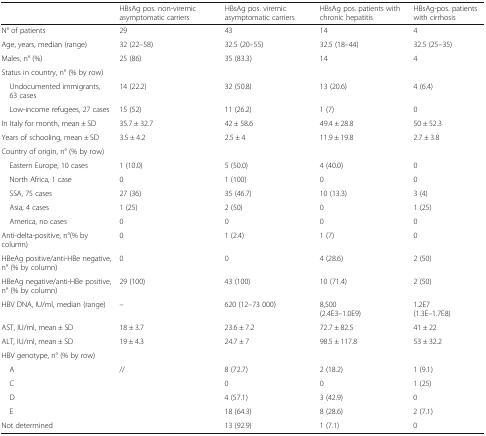
<table><thead><tr><td></td><td><b>HBsAg pos. non-viremic asymptomatic carriers</b></td><td><b>HBsAg pos. viremic asymptomatic carriers</b></td><td><b>HBsAg pos. patients with chronic hepatitis</b></td><td><b>HBsAg-pos. patients with cirrhosis</b></td></tr></thead><tbody><tr><td>N° of patients</td><td>29</td><td>43</td><td>14</td><td>4</td></tr><tr><td>Age, years, median (range)</td><td>32 (22–58)</td><td>32.5 (20–55)</td><td>32.5 (18–44)</td><td>32.5 (25–35)</td></tr><tr><td>Males, n° (%)</td><td>25 (86)</td><td>35 (83.3)</td><td>14</td><td>4</td></tr><tr><td colspan="5">Status in country, n° (% by row)</td></tr><tr><td> Undocumented immigrants, 63 cases</td><td>14 (22.2)</td><td>32 (50.8)</td><td>13 (20.6)</td><td>4 (6.4)</td></tr><tr><td> Low-income refugees, 27 cases</td><td>15 (52)</td><td>11 (26.2)</td><td>1 (7)</td><td>0</td></tr><tr><td>In Italy for month, mean ± SD</td><td>35.7 ± 32.7</td><td>42 ± 58.6</td><td>49.4 ± 28.8</td><td>50 ± 52.3</td></tr><tr><td>Years of schooling, mean ± SD</td><td>3.5 ± 4.2</td><td>2.5 ± 4</td><td>11.9 ± 19.8</td><td>2.7 ± 3.8</td></tr><tr><td>Country of origin, n° (% by row)</td><td></td><td></td><td></td><td></td></tr><tr><td> Eastern Europe, 10 cases</td><td>1 (10.0)</td><td>5 (50.0)</td><td>4 (40.0)</td><td>0</td></tr><tr><td> North Africa, 1 case</td><td>0</td><td>1 (100)</td><td>0</td><td>0</td></tr><tr><td> SSA, 75 cases</td><td>27 (36)</td><td>35 (46.7)</td><td>10 (13.3)</td><td>3 (4)</td></tr><tr><td> Asia, 4 cases</td><td>1 (25)</td><td>2 (50)</td><td>0</td><td>1 (25)</td></tr><tr><td> America, no cases</td><td>0</td><td>0</td><td>0</td><td>0</td></tr><tr><td>Anti-delta-positive, n°(% by column)</td><td>0</td><td>1 (2.4)</td><td>1 (7)</td><td>0</td></tr><tr><td>HBeAg positive/anti-HBe negative, n° (% by column)</td><td>0</td><td>0</td><td>4 (28.6)</td><td>2 (50)</td></tr><tr><td>HBeAg negative/anti-HBe positive, n° (% by column)</td><td>29 (100)</td><td>43 (100)</td><td>10 (71.4)</td><td>2 (50)</td></tr><tr><td>HBV DNA, IU/ml, median (range)</td><td>--</td><td>620 (12–73 000)</td><td>8,500(2.4E3–1.0E9)</td><td>1.2E7(1.3E–1.7E8)</td></tr><tr><td>AST, IU/ml, mean ± SD</td><td>18 ± 3.7</td><td>23.6 ± 7.2</td><td>72.7 ± 82.5</td><td>41 ± 22</td></tr><tr><td>ALT, IU/ml, mean ± SD</td><td>19 ± 4.3</td><td>24.7 ± 7</td><td>98.5 ± 117.8</td><td>53 ± 32.2</td></tr><tr><td colspan="5">HBV genotype, n° (% by row)</td></tr><tr><td> A</td><td>//</td><td>8 (72.7)</td><td>2 (18.2)</td><td>1 (9.1)</td></tr><tr><td> C</td><td></td><td>0</td><td>0</td><td>1 (25)</td></tr><tr><td> D</td><td></td><td>4 (57.1)</td><td>3 (42.9)</td><td>0</td></tr><tr><td> E</td><td></td><td>18 (64.3)</td><td>8 (28.6)</td><td>2 (7.1)</td></tr><tr><td>Not determined</td><td></td><td>13 (92.9)</td><td>1 (7.1)</td><td>0</td></tr></tbody></table>